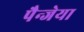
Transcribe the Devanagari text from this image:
पैन्जेया